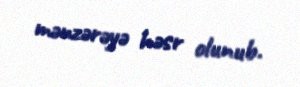
mənzərəyə həsr olunub.